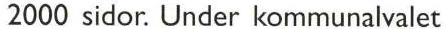
2000 sidor. Under kommunalvalet